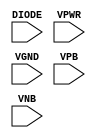
/**
 * Copyright 2020 The SkyWater PDK Authors
 *
 * Licensed under the Apache License, Version 2.0 (the "License");
 * you may not use this file except in compliance with the License.
 * You may obtain a copy of the License at
 *
 *     https://www.apache.org/licenses/LICENSE-2.0
 *
 * Unless required by applicable law or agreed to in writing, software
 * distributed under the License is distributed on an "AS IS" BASIS,
 * WITHOUT WARRANTIES OR CONDITIONS OF ANY KIND, either express or implied.
 * See the License for the specific language governing permissions and
 * limitations under the License.
 *
 * SPDX-License-Identifier: Apache-2.0
 */

`ifndef SKY130_FD_SC_HDLL__DIODE_PP_BLACKBOX_V
`define SKY130_FD_SC_HDLL__DIODE_PP_BLACKBOX_V

/**
 * diode: Antenna tie-down diode.
 *
 * Verilog stub definition (black box with power pins).
 *
 * WARNING: This file is autogenerated, do not modify directly!
 */

`timescale 1ns / 1ps
`default_nettype none

(* blackbox *)
module sky130_fd_sc_hdll__diode (
    DIODE,
    VPWR ,
    VGND ,
    VPB  ,
    VNB
);

    input DIODE;
    input VPWR ;
    input VGND ;
    input VPB  ;
    input VNB  ;
endmodule

`default_nettype wire
`endif  // SKY130_FD_SC_HDLL__DIODE_PP_BLACKBOX_V